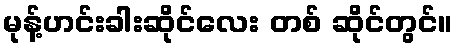
မုန့်ဟင်းခါးဆိုင်လေး တစ် ဆိုင်တွင်။